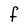
Character: F